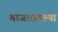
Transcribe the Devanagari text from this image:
बाजारातल्या